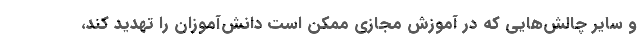
و سایر چالش‌هایی که در آموزش مجازی ممکن است دانش‌آموزان را تهدید کند،